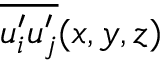
\overline { { u _ { i } ^ { \prime } u _ { j } ^ { \prime } } } ( x , y , z )